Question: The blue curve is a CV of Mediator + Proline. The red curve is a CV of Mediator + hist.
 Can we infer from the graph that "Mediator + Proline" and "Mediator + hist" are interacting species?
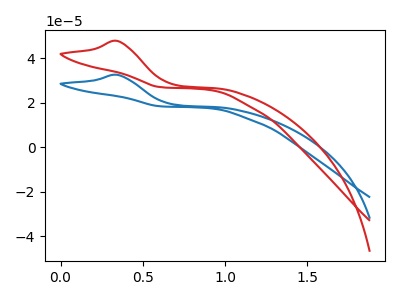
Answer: <think>The blue curve "Mediator + Proline" has an anodic peak at: (0.35V, 32.45uA). The red curve "Mediator + hist" has an anodic peak at: (0.35V, 47.70uA).
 All the peaks in "Mediator + Proline" have a peak in "Mediator + hist" at the same potential. Every peak in "Mediator + Proline" is lower than every peak in "Mediator + hist".</think>
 <answer>No, "Mediator + Proline" and "Mediator + hist" don't appear to be significantly different in shape</answer>
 <eval>no_change</eval>